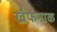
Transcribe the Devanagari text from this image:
खैफनाक